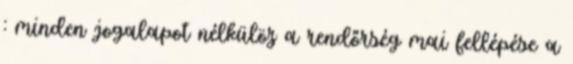
: minden jogalapot nélkülöz a rendőrség mai fellépése a